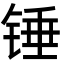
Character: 锤